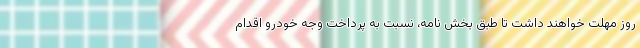
روز مهلت خواهند داشت تا طبق بخش نامه،‌ نسبت به پرداخت وجه خودرو اقدام